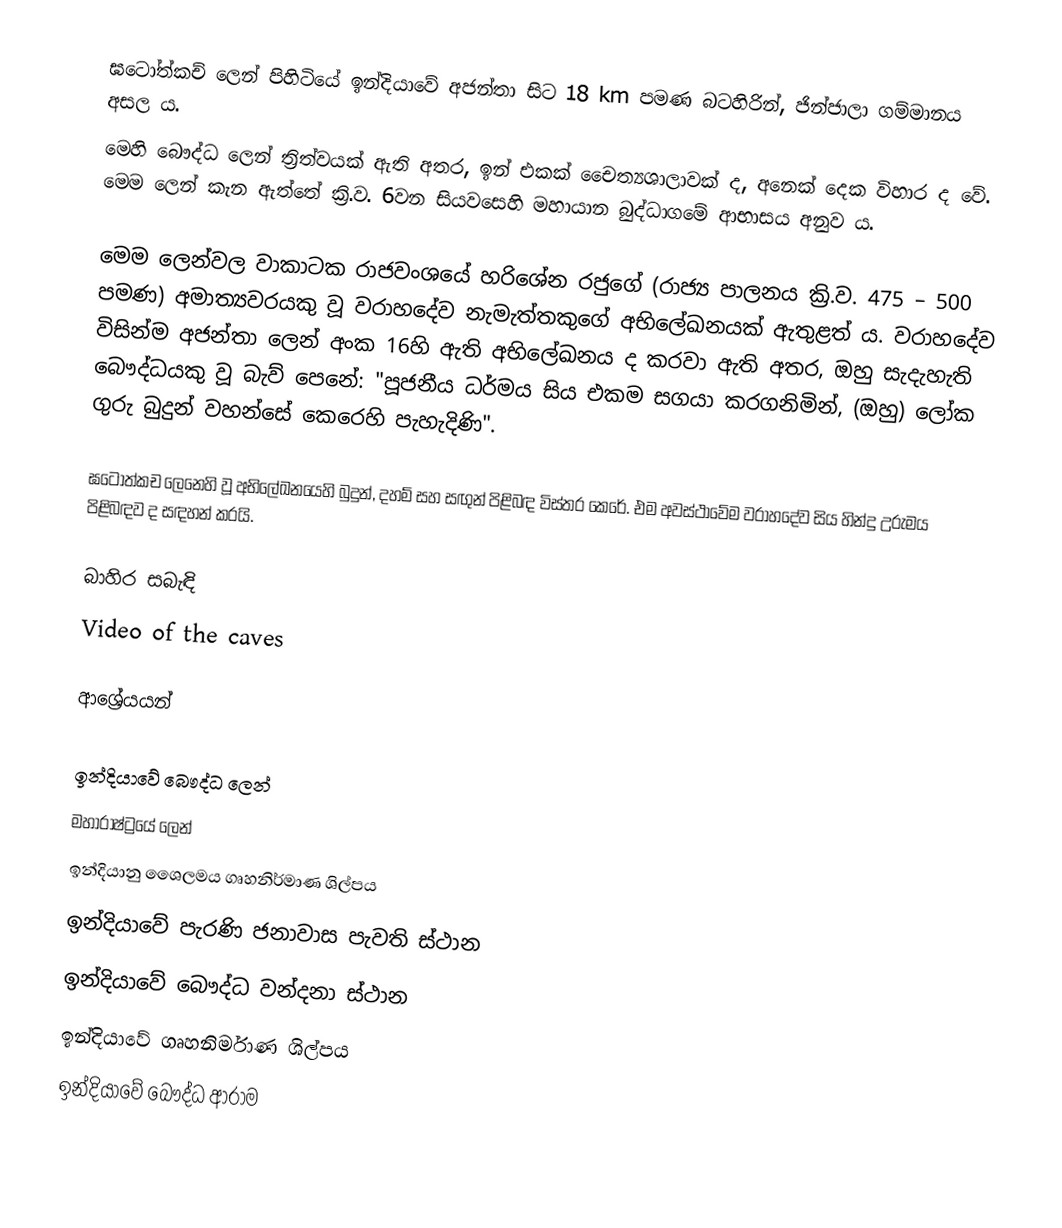
ඝටෝත්කච් ලෙන් පිහිටියේ ඉන්දියාවේ අජන්තා සිට 18 km පමණ බටහිරින්, ජින්ජාලා ගම්මානය අසල ය.
මෙහි බෞද්ධ ලෙන් ත්‍රිත්වයක් ඇති අතර, ඉන් එකක් චෛත්‍යශාලාවක් ද, අනෙක් දෙක විහාර ද වේ. මෙම ලෙන් කැන ඇත්තේ ක්‍රි.ව. 6වන සියවසෙහි මහායාන බුද්ධාගමේ ආභාසය අනුව ය.

මෙම ලෙන්වල වාකාටක රාජවංශයේ හරිශේන රජුගේ (රාජ්‍ය පාලනය ක්‍රි.ව. 475 – 500 පමණ) අමාත්‍යවරයකු වූ වරාහදේව නැමැත්තකුගේ අභිලේඛනයක් ඇතුළත් ය. වරාහදේව විසින්ම අජන්තා ලෙන් අංක 16හි ඇති අභිලේඛනය ද කරවා ඇති අතර, ඔහු සැදැහැති බෞද්ධයකු වූ බැව් පෙනේ: "පූජනීය ධර්මය සිය එකම සගයා කරගනිමින්, (ඔහු) ලෝක ගුරු බුදුන් වහන්සේ කෙරෙහි පැහැදිණි".

ඝටෝත්කච ලෙනෙහි වූ අභිලේඛනයෙහි බුදුන්, දහම් සහ සඟුන් පිළිබඳ විස්තර කෙරේ. එම අවස්ථාවේම වරාහදේව සිය හින්දු උරුමය පිළිබඳව ද සඳහන් කරයි.

බාහිර සබැඳි
 Video of the caves

ආශ්‍රේයයන්

ඉන්දියාවේ බෞද්ධ ලෙන්
මහාරාෂ්ට්‍රයේ ලෙන්
ඉන්දියානු ශෛලමය ගෘහනිර්මාණ ශිල්පය
ඉන්දියාවේ පැරණි ජනාවාස පැවති ස්ථාන
ඉන්දියාවේ බෞද්ධ වන්දනා ස්ථාන
ඉන්දියාවේ ගෘහනිර්මාණ ශිල්පය
ඉන්දියාවේ බෞද්ධ ආරාම